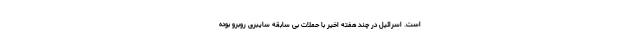
است. اسرائیل در چند هفته اخیر با حملات بی سابقه سایبری روبرو بوده